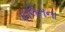
દલિતના